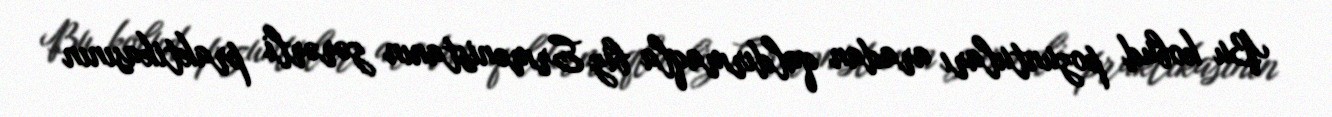
Bu kobud pozuntuları aradan qaldırmaqla biz Ermənistanın zərərli praktikasının